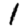
Digit: 1